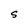
Character: S